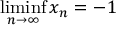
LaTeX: \operatorname* { l i m i n f } _ { n \to \infty } x _ { n } = - 1